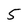
Character: 5